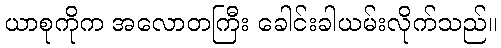
ယာစုကိုက အလောတကြီး ခေါင်းခါယမ်းလိုက်သည်။